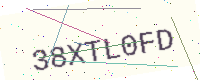
Text: 38XTL0FD